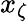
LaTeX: x_{\zeta}